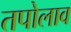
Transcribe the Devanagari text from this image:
तपोलाव